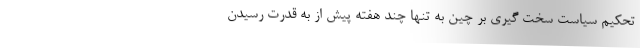
تحکیم سیاست سخت گیری بر چین به تنها چند هفته پیش از به قدرت رسیدن